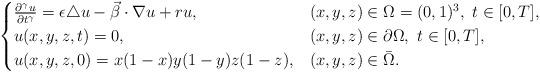
LaTeX: \begin{align*}\begin{cases}\frac{\partial^{\gamma} u}{\partial t^{\gamma}} = \epsilon \triangle u - \vec{\beta}\cdot\nabla u + r u, & (x,y,z)\in \Omega = (0,1)^3,\ t \in [0,T],\\u(x,y,z,t) = 0, & (x,y,z)\in \partial\Omega,\ t \in [0,T], \\u(x,y,z,0) = x(1 - x)y(1-y)z(1 - z),& (x,y,z)\in \bar{\Omega}.\end{cases}\end{align*}